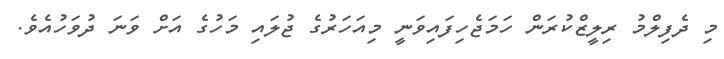
މި ދެފިލްމު ރިލީޒްކުރަން ހަމަޖެހިފައިވަނީ މިއަހަރުގެ ޖުލައި މަހުގެ އަށް ވަނަ ދުވަހުއެވެ.